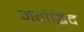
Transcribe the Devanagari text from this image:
नवोद्भिद